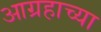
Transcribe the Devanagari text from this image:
आग्रहाच्या